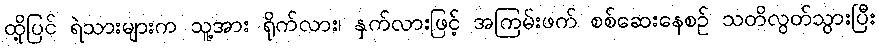
ထို့ပြင် ရဲသားများက သူ့အား ရိုက်လား၊ နှက်လားဖြင့် အကြမ်းဖက် စစ်ဆေးနေစဉ် သတိလွတ်သွားပြီး